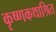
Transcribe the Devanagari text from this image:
कृष्णकथाश्रित